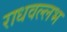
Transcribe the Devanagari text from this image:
राधवल्लभ